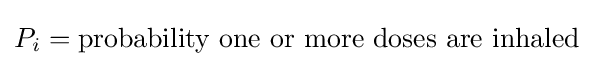
P_{i}={\mbox{probability one or more doses are inhaled}}